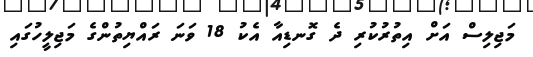
މަޖިލިސް އަށް އިތުރުކުރި ދެ ގޮނޑިއާ އެކު 18 ވަނަ ރައްޔިތުންގެ މަޖިލީހުގައި